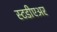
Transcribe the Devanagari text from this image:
स्टडीएअर